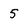
Character: 5